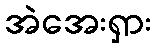
အဲအေးရှား